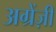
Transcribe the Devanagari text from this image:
अग्रेंज़ी